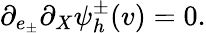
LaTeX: \partial_{e_{\pm}}\partial_{X}\psi_{h}^{\pm}(v)=0.